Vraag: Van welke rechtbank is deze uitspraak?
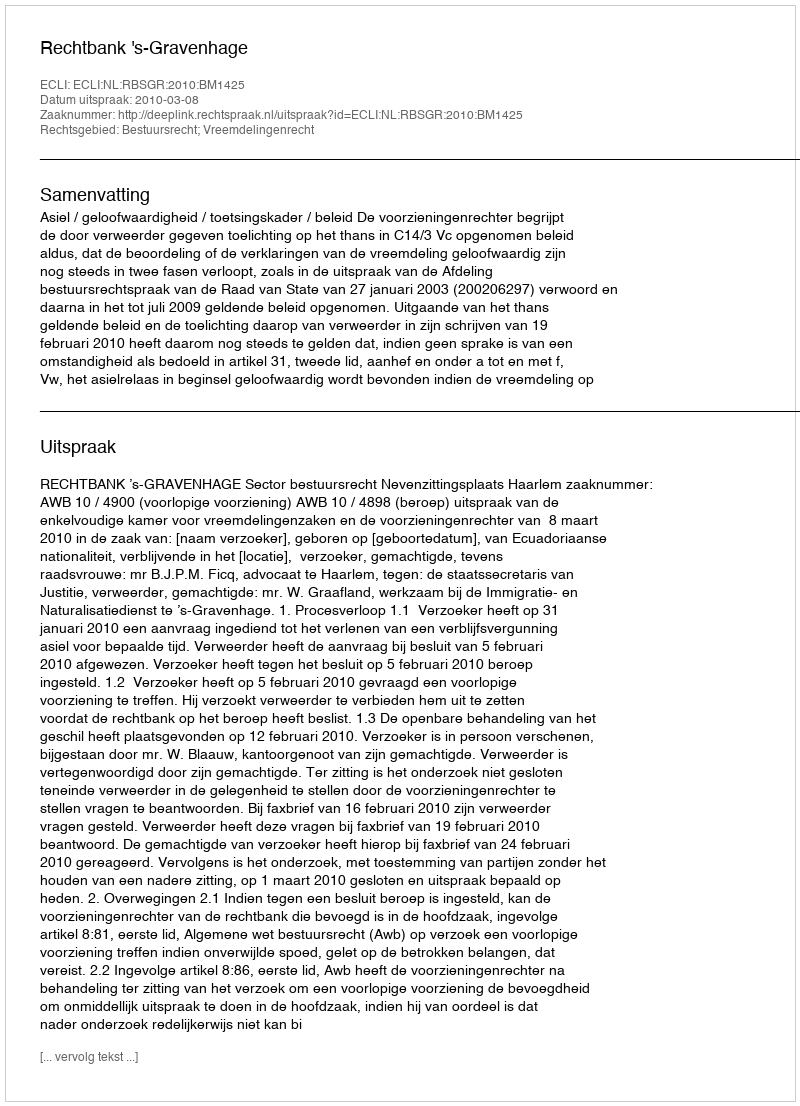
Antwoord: Rechtbank 's-Gravenhage